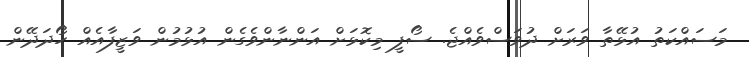
މަސައްކަތު އުޅޭތާ ވަރަށް ދުވަސްވެއްޖެ. ސޯފީ މިކޮޅަށް އަންނާންވެގެން އުޅުމުން ވަޒީފާއެއް ހޯދަދޭން